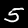
Digit: 5